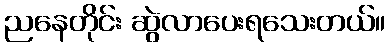
ညနေတိုင်း ဆွဲလာပေးရသေးတယ်။